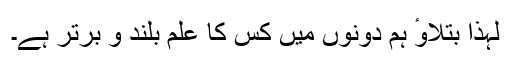
لہذا بتلاوٴ ہم دونوں میں کس کا علم بلند و برتر ہے۔